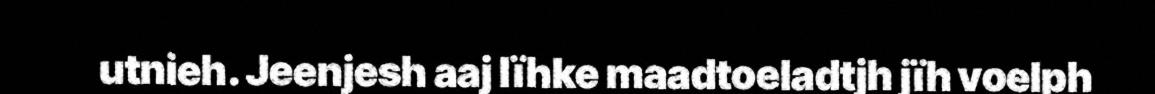
utnieh. Jeenjesh aaj lïhke maadtoeladtjh jïh voelph